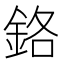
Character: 鉻